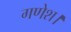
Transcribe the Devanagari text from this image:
गणेश।